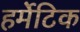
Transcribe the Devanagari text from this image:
हर्मेटिक